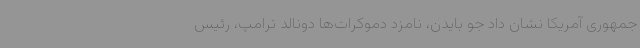
جمهوری آمریکا نشان داد جو بایدن، نامزد دموکرات‌ها دونالد ترامپ، رئیس